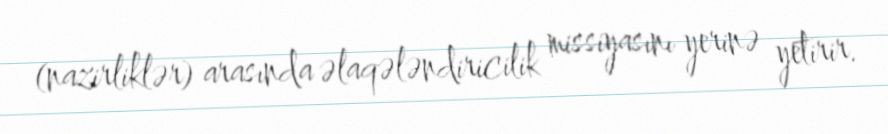
(nazirliklər) arasında əlaqələndiricilik missiyasını yerinə yetirir.